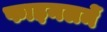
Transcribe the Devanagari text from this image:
फाइनलमें